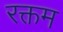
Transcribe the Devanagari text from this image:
रक्तम